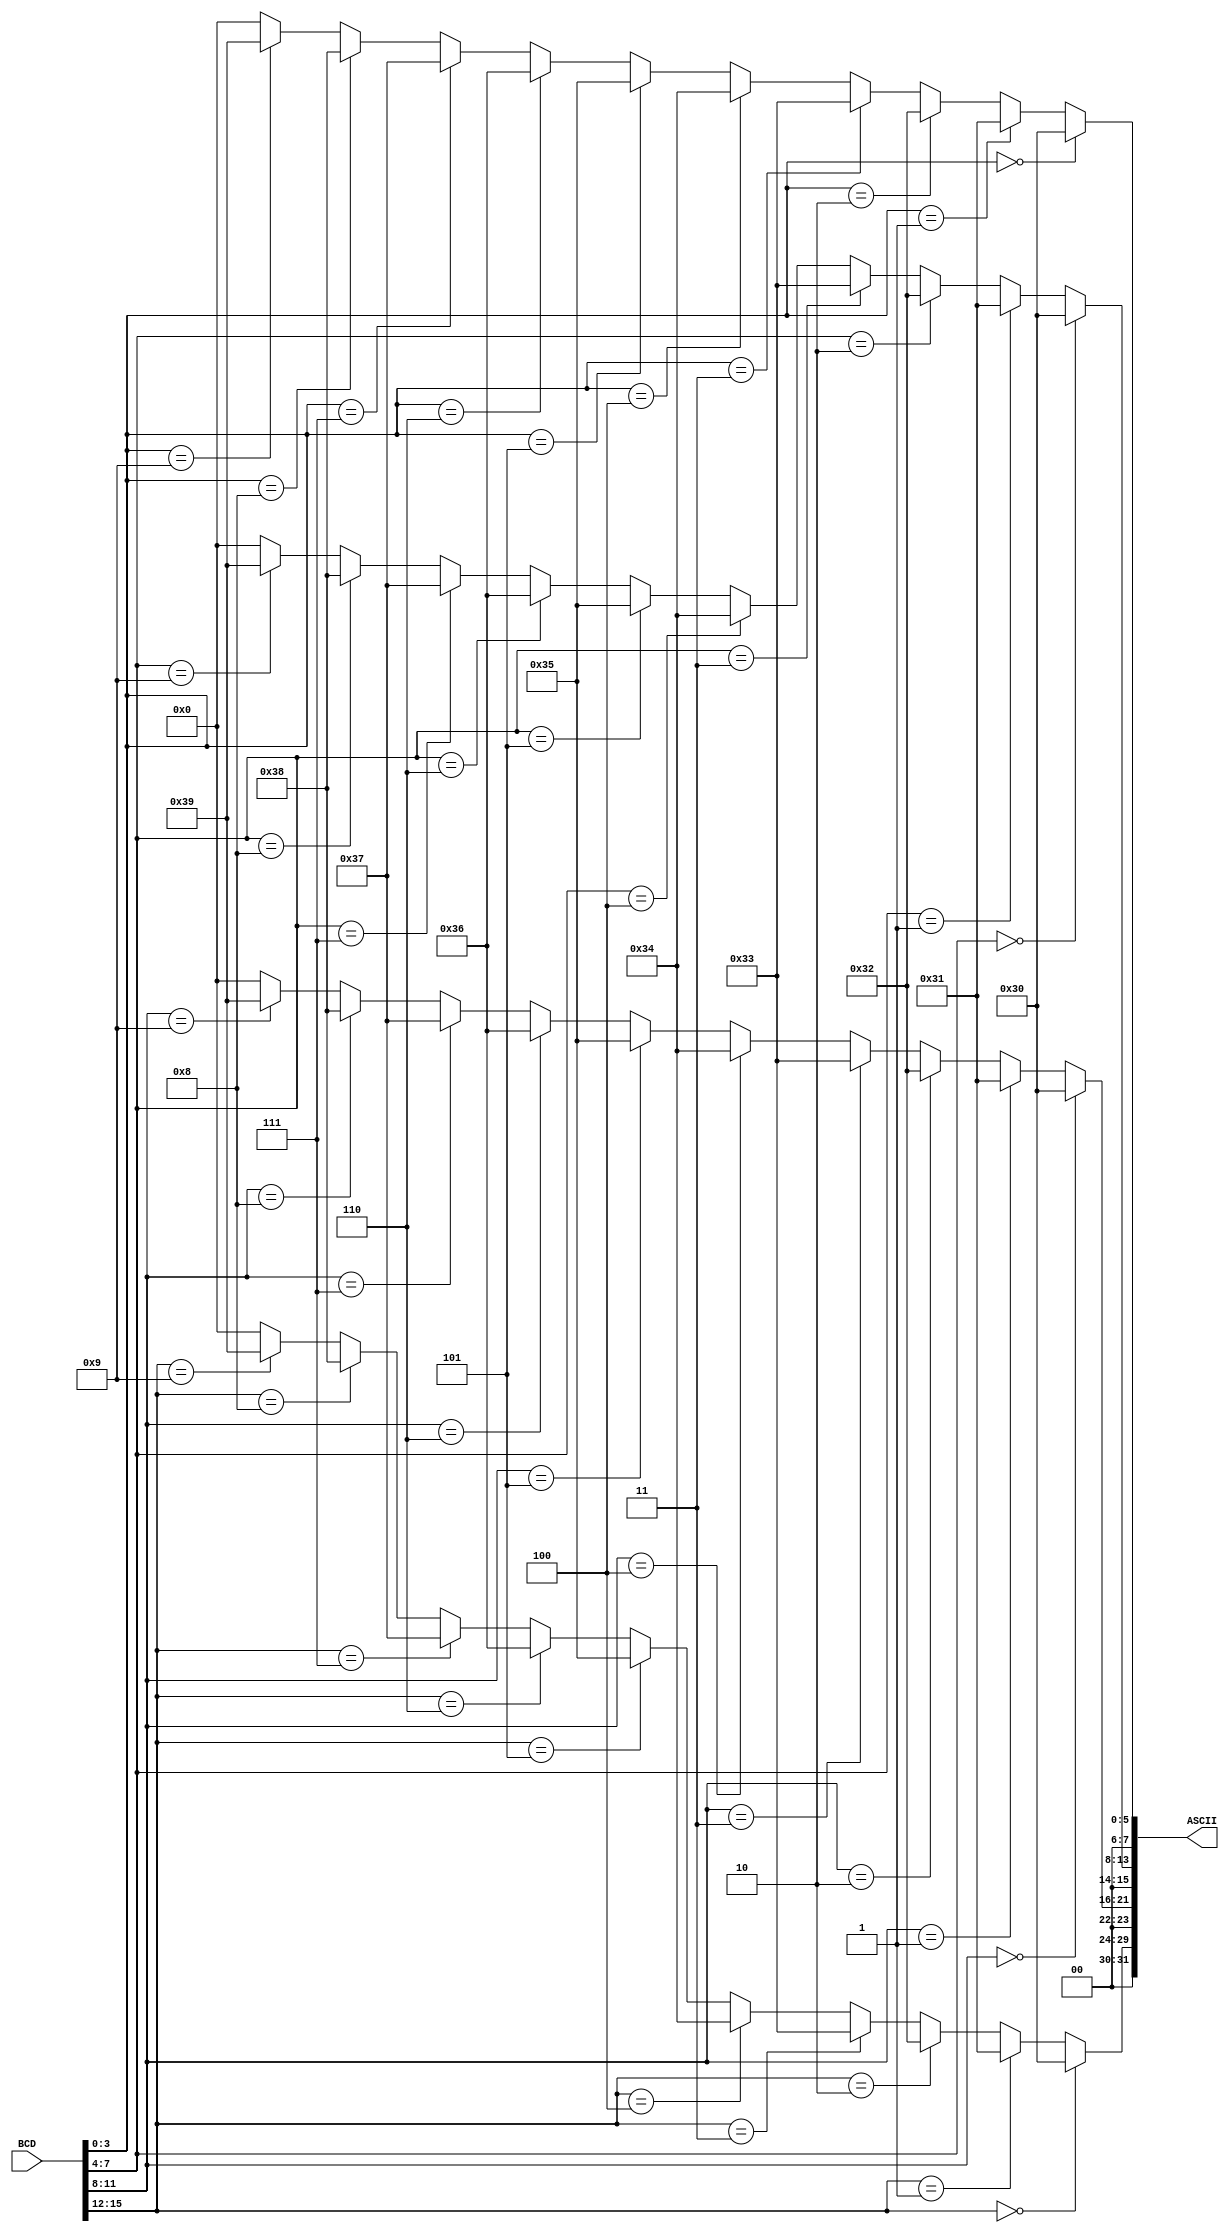
`timescale 1ns / 1ps

module bcd_to_ascii_amp(
    input [15:0] BCD,
    output [31:0] ASCII
    );
    
    assign ASCII[7:0] = (BCD[3:0] == 4'b0000) ? 8'h30 :
                            (BCD[3:0] == 4'b0001) ? 8'h31 :
                            (BCD[3:0] == 4'b0010) ? 8'h32 :
                            (BCD[3:0] == 4'b0011) ? 8'h33 :
                            (BCD[3:0] == 4'b0100) ? 8'h34 :
                            (BCD[3:0] == 4'b0101) ? 8'h35 :
                            (BCD[3:0] == 4'b0110) ? 8'h36 :
                            (BCD[3:0] == 4'b0111) ? 8'h37 :
                            (BCD[3:0] == 4'b1000) ? 8'h38 :
                            (BCD[3:0] == 4'b1001) ? 8'h39 : 8'h00;
    assign ASCII[15:8] = (BCD[7:4] == 4'b0000) ? 8'h30 :
                         (BCD[7:4] == 4'b0001) ? 8'h31 :
                         (BCD[7:4] == 4'b0010) ? 8'h32 :
                         (BCD[7:4] == 4'b0011) ? 8'h33 :
                         (BCD[7:4] == 4'b0100) ? 8'h34 :
                         (BCD[7:4] == 4'b0101) ? 8'h35 :
                         (BCD[7:4] == 4'b0110) ? 8'h36 :
                         (BCD[7:4] == 4'b0111) ? 8'h37 :
                         (BCD[7:4] == 4'b1000) ? 8'h38 :
                         (BCD[7:4] == 4'b1001) ? 8'h39 : 8'h00;
    assign ASCII[23:16] = (BCD[11:8] == 4'b0000) ? 8'h30 :
                          (BCD[11:8] == 4'b0001) ? 8'h31 :
                          (BCD[11:8] == 4'b0010) ? 8'h32 :
                          (BCD[11:8] == 4'b0011) ? 8'h33 :
                          (BCD[11:8] == 4'b0100) ? 8'h34 :
                          (BCD[11:8] == 4'b0101) ? 8'h35 :
                          (BCD[11:8] == 4'b0110) ? 8'h36 :
                          (BCD[11:8] == 4'b0111) ? 8'h37 :
                          (BCD[11:8] == 4'b1000) ? 8'h38 :
                          (BCD[11:8] == 4'b1001) ? 8'h39 : 8'h00;
    assign ASCII[31:24] = (BCD[15:12] == 4'b0000) ? 8'h30 :
                          (BCD[15:12] == 4'b0001) ? 8'h31 :
                          (BCD[15:12] == 4'b0010) ? 8'h32 :
                          (BCD[15:12] == 4'b0011) ? 8'h33 :
                          (BCD[15:12] == 4'b0100) ? 8'h34 :
                          (BCD[15:12] == 4'b0101) ? 8'h35 :
                          (BCD[15:12] == 4'b0110) ? 8'h36 :
                          (BCD[15:12] == 4'b0111) ? 8'h37 :
                          (BCD[15:12] == 4'b1000) ? 8'h38 :
                          (BCD[15:12] == 4'b1001) ? 8'h39 : 8'h00;
endmodule